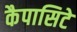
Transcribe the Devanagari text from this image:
कैपासिटे